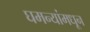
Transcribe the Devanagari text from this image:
घमन्यांमधून